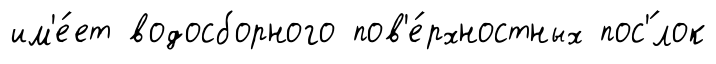
им'е́ет водосборного пов'е́рхностных пос'́лок